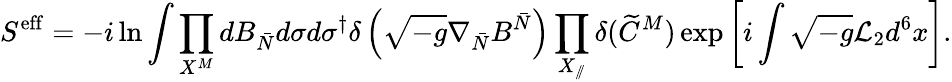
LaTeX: S^{\mathrm{eff}}=-i\ln\int\prod_{X^{M}}dB_{\bar{N}}d\sigma d\sigma^{\dagger}\delta\left(\sqrt{-g}\nabla_{\bar{N}}B^{\bar{N}}\right)\prod_{X_{/\! /}}\delta(\widetilde C^{M})\exp\left[i\int\sqrt{-g}{\cal L}_{2}d^{6}x\right].